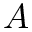
A